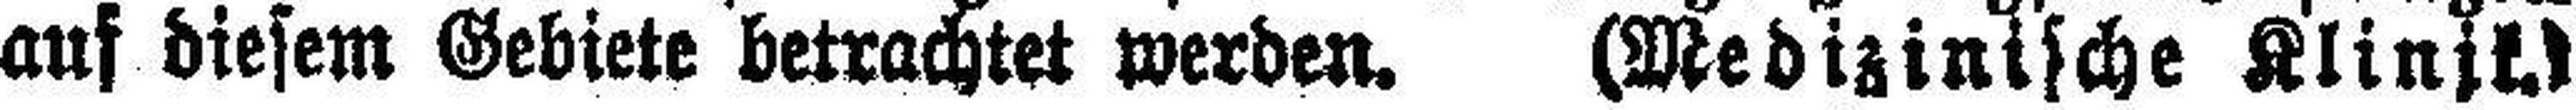
auf diesem Gebiete betrachtet werden. (Medizinische Klinik.)